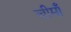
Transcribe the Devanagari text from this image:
चीमाँ